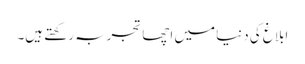
ابلاغ کی دنیا میں اچھا تجربہ رکھتے ہیں۔